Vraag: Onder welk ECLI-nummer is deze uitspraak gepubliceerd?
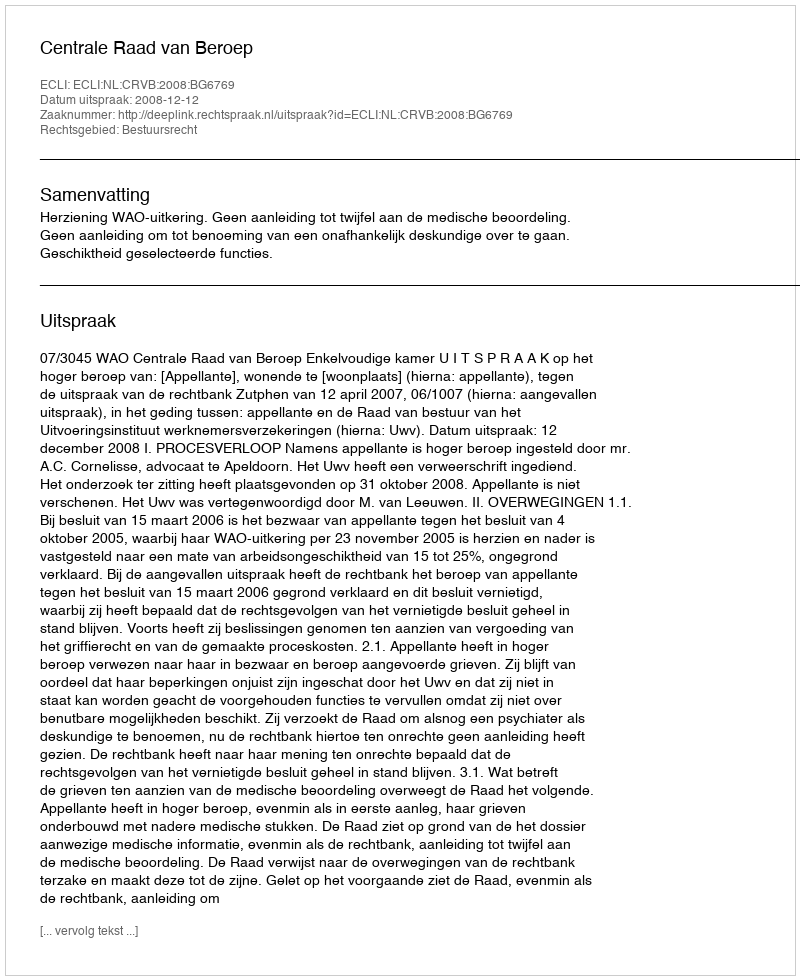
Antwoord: ECLI:NL:CRVB:2008:BG6769